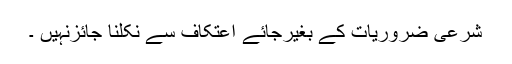
شَرعی ضَروریات کے بِغیرجائے اِعْتِکاف سے نکلنا جائزنہیں ۔